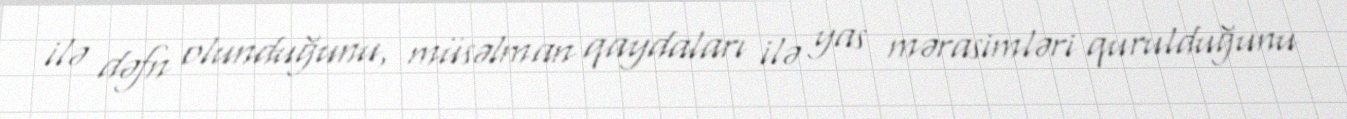
ilə dəfn olunduğunu, müsəlman qaydaları ilə yas mərasimləri qurulduğunu